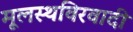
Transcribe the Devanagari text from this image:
मूलस्थविरवादी